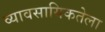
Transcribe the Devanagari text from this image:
व्यावसायिकतेला